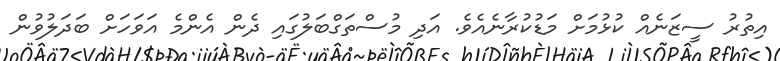
އިތުރު ސީޒަނެއް ކުޅުމަށް މަޑުކުރާނެއެވެ. އަދި މުސްތަގްބަލުގައި ދެން އެންމެ އަވަހަށް ބަދަލުވުން